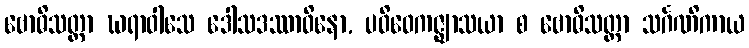
ဗောဓိသတ္တာ ဃရာဝါသေ ဒေါသဒဿာဝိနော, ပဝိဝေကဇ္ဈာသယာ စ ဗောဓိသတ္တာ သင်္ဂဏိကာယ